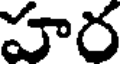
హర